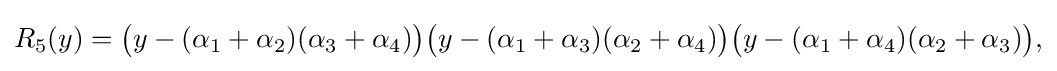
R_{5}(y)={\bigl (}y-(\alpha _{1}+\alpha _{2})(\alpha _{3}+\alpha _{4}){\bigr )}{\bigl (}y-(\alpha _{1}+\alpha _{3})(\alpha _{2}+\alpha _{4}){\bigr )}{\bigl (}y-(\alpha _{1}+\alpha _{4})(\alpha _{2}+\alpha _{3}){\bigr )}{\text{,}}